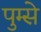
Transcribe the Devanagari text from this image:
पुम्से